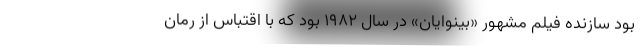
بود سازنده فیلم مشهور «بینوایان» در سال ۱۹۸۲ بود که با اقتباس از رمان